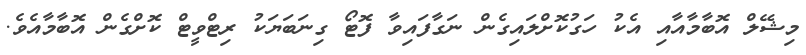
މިޝޭލް އޮބާމާއާއި އެކު ހަގުކޮށްލައިގެން ނަގާފައިވާ ފޮޓޯ ގިނަބަޔަކު ރިޓްވީޓް ކޮށްގެން އޮބާމާއެވެ.